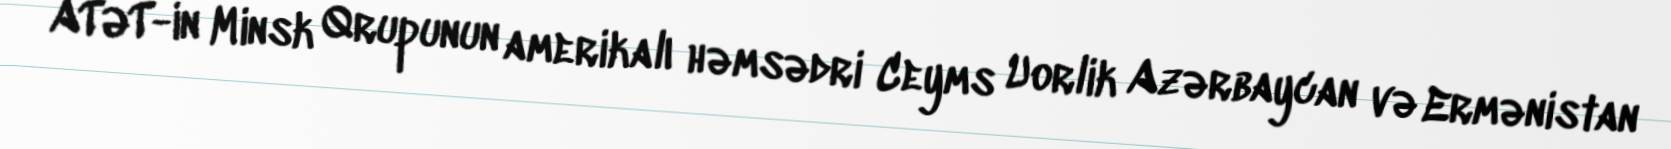
ATƏT-in Minsk Qrupunun amerikalı həmsədri Ceyms Uorlik Azərbaycan və Ermənistan